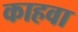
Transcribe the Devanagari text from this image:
काहवा